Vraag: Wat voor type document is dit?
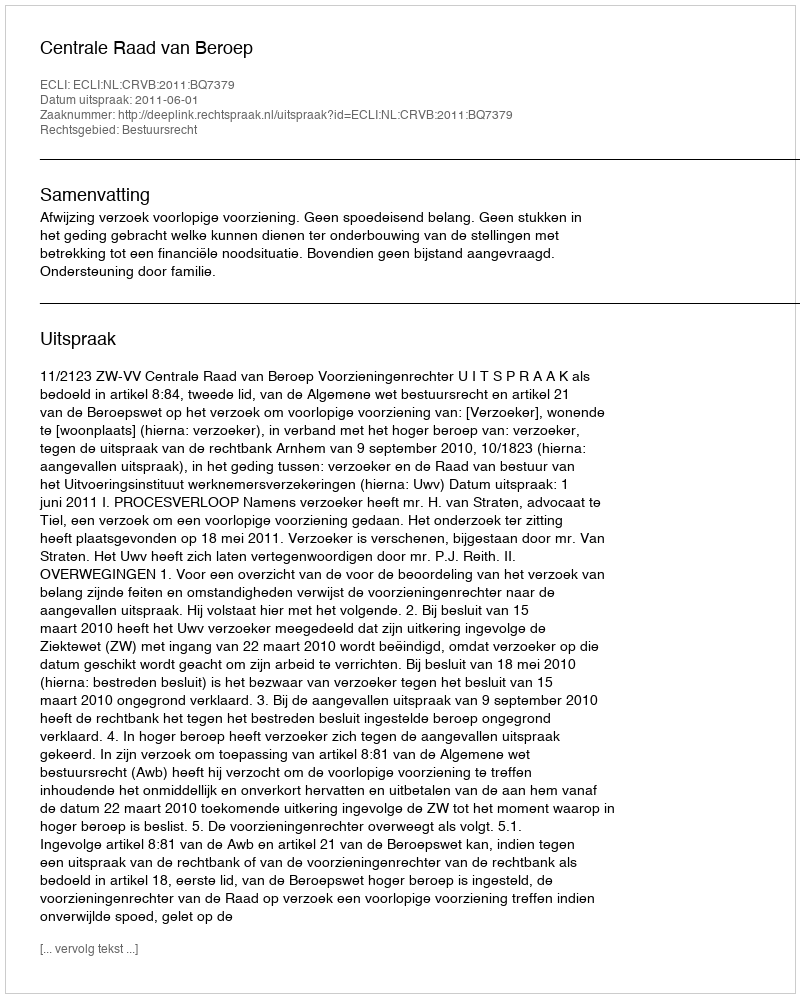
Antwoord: Uitspraak